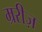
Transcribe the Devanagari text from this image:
म्ररीज़